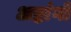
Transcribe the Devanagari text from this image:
अष्टांगों